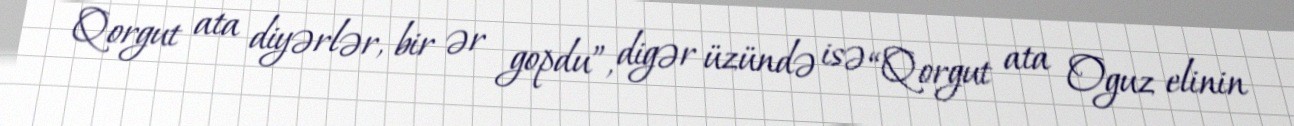
Qorgut ata diyərlər, bir ər gopdu”, digər üzündə isə “Qorgut ata Oguz elinin